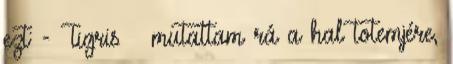
ezt: - Tigris – mutattam rá a hal totemjére,